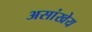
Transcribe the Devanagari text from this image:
असांखेय